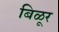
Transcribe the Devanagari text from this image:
बिळूर